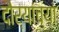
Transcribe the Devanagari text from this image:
दौर्‍यांच्या